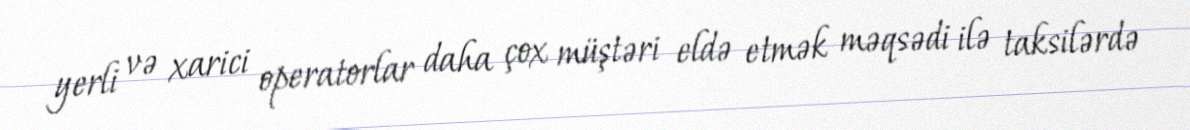
yerli və xarici operatorlar daha çox müştəri eldə etmək məqsədi ilə taksilərdə